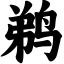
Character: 鹈